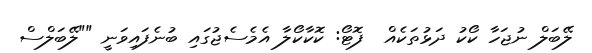
ލޭބަލް ނުޖަހާ ކޯކު ދަޅުތަކެއް  ފޮޓޯ: ކޮކާކޯލާ އެމެސެޖުގައި ބުނެފައިވަނީ ""ލޭބަލްސް